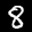
Label: 8